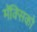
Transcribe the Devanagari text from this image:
मॅक्सिको